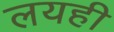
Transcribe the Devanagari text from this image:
लयही